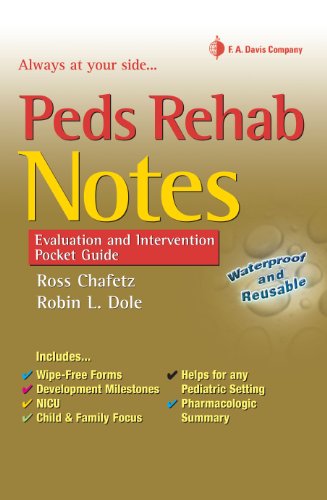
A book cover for Peds Rehab Notes: Evaluation and Intervention Pocket Guide (Davis's Notes Book); Robin L. Dole PT  DPT  EdD  PCS; Medical Books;